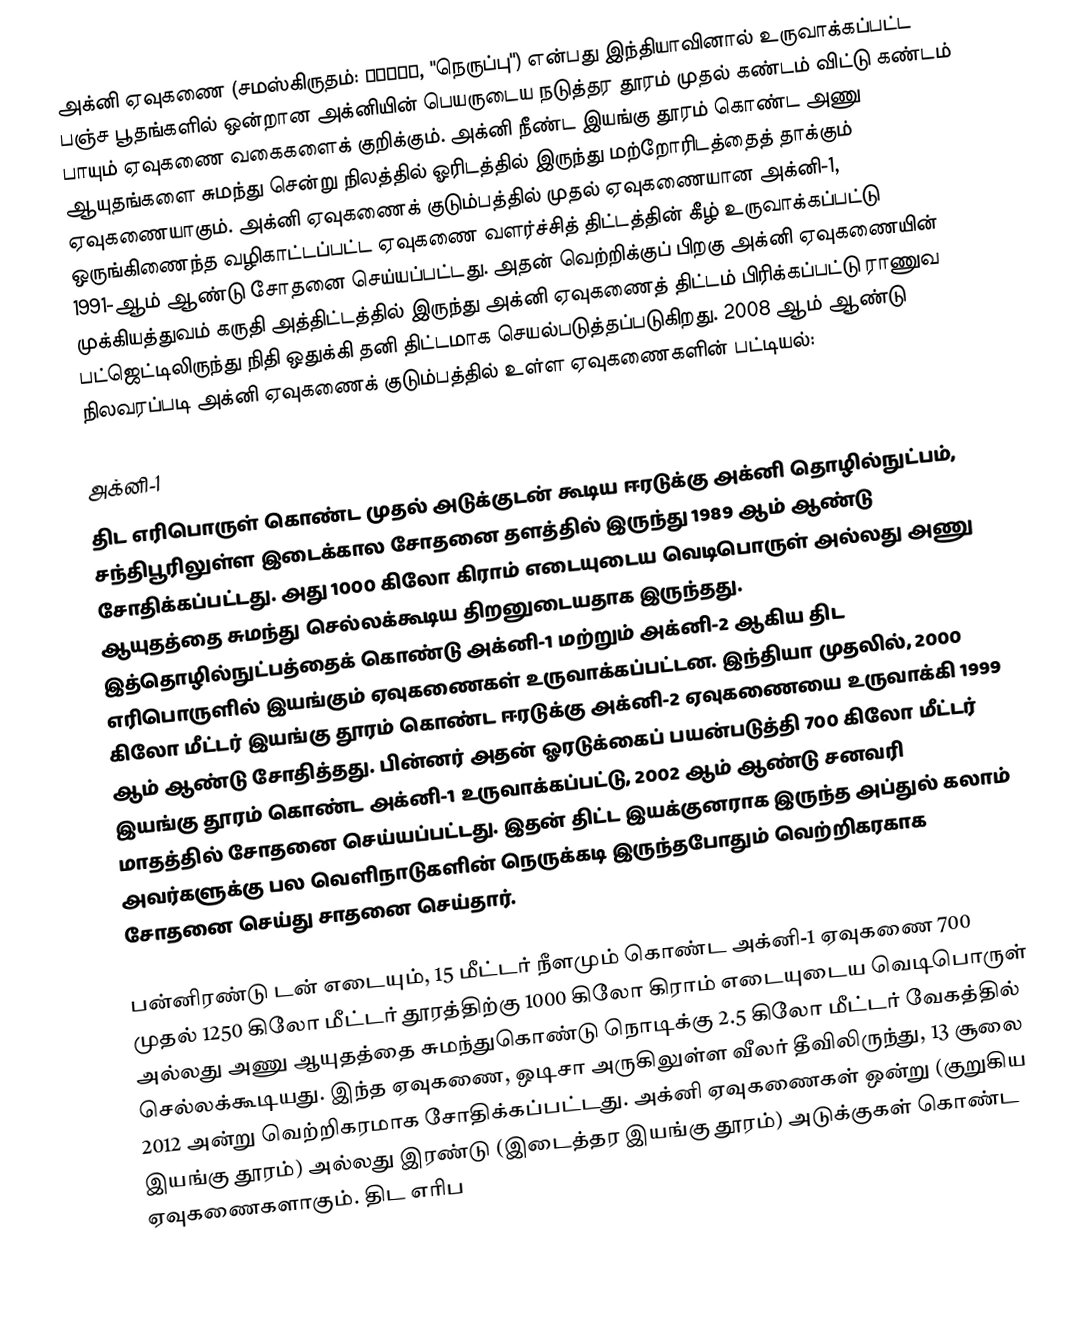
அக்னி ஏவுகணை (சமஸ்கிருதம்: अग्नि, "நெருப்பு") என்பது இந்தியாவினால் உருவாக்கப்பட்ட பஞ்ச பூதங்களில் ஒன்றான அக்னியின் பெயருடைய நடுத்தர தூரம் முதல் கண்டம் விட்டு கண்டம் பாயும் ஏவுகணை வகைகளைக் குறிக்கும். அக்னி நீண்ட இயங்கு தூரம் கொண்ட அணு ஆயுதங்களை சுமந்து சென்று நிலத்தில் ஓரிடத்தில் இருந்து மற்றோரிடத்தைத் தாக்கும் ஏவுகணையாகும். அக்னி ஏவுகணைக் குடும்பத்தில் முதல் ஏவுகணையான அக்னி-1, ஒருங்கிணைந்த வழிகாட்டப்பட்ட ஏவுகணை வளர்ச்சித் திட்டத்தின் கீழ் உருவாக்கப்பட்டு 1991-ஆம் ஆண்டு சோதனை செய்யப்பட்டது. அதன் வெற்றிக்குப் பிறகு அக்னி ஏவுகணையின் முக்கியத்துவம் கருதி அத்திட்டத்தில் இருந்து அக்னி ஏவுகணைத் திட்டம் பிரிக்கப்பட்டு ராணுவ பட்ஜெட்டிலிருந்து நிதி ஒதுக்கி தனி திட்டமாக செயல்படுத்தப்படுகிறது. 2008 ஆம் ஆண்டு நிலவரப்படி  அக்னி ஏவுகணைக் குடும்பத்தில் உள்ள ஏவுகணைகளின் பட்டியல்:

அக்னி-1
திட எரிபொருள் கொண்ட முதல் அடுக்குடன் கூடிய ஈரடுக்கு அக்னி தொழில்நுட்பம், சந்திபூரிலுள்ள இடைக்கால சோதனை தளத்தில் இருந்து 1989 ஆம் ஆண்டு சோதிக்கப்பட்டது. அது 1000 கிலோ கிராம் எடையுடைய வெடிபொருள் அல்லது அணு ஆயுதத்தை சுமந்து செல்லக்கூடிய திறனுடையதாக இருந்தது. இத்தொழில்நுட்பத்தைக் கொண்டு அக்னி-1 மற்றும் அக்னி-2 ஆகிய திட எரிபொருளில் இயங்கும் ஏவுகணைகள் உருவாக்கப்பட்டன. இந்தியா முதலில், 2000 கிலோ மீட்டர் இயங்கு தூரம் கொண்ட ஈரடுக்கு அக்னி-2 ஏவுகணையை உருவாக்கி 1999  ஆம் ஆண்டு சோதித்தது. பின்னர் அதன் ஓரடுக்கைப் பயன்படுத்தி 700 கிலோ மீட்டர் இயங்கு தூரம் கொண்ட அக்னி-1 உருவாக்கப்பட்டு, 2002 ஆம் ஆண்டு சனவரி மாதத்தில் சோதனை செய்யப்பட்டது. இதன் திட்ட இயக்குனராக இருந்த அப்துல் கலாம் அவர்களுக்கு பல வெளிநாடுகளின் நெருக்கடி இருந்தபோதும் வெற்றிகரகாக சோதனை செய்து சாதனை செய்தார்.

பன்னிரண்டு டன் எடையும், 15 மீட்டர் நீளமும் கொண்ட அக்னி-1 ஏவுகணை 700 முதல் 1250 கிலோ மீட்டர் தூரத்திற்கு 1000 கிலோ கிராம் எடையுடைய வெடிபொருள் அல்லது அணு ஆயுதத்தை சுமந்துகொண்டு நொடிக்கு 2.5 கிலோ மீட்டர் வேகத்தில் செல்லக்கூடியது. இந்த ஏவுகணை, ஒடிசா அருகிலுள்ள வீலர் தீவிலிருந்து, 13 சூலை 2012 அன்று வெற்றிகரமாக சோதிக்கப்பட்டது. அக்னி ஏவுகணைகள் ஒன்று (குறுகிய இயங்கு தூரம்) அல்லது இரண்டு (இடைத்தர இயங்கு தூரம்) அடுக்குகள் கொண்ட ஏவுகணைகளாகும். திட எரிப